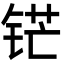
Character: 铓